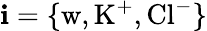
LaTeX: \mathbf{i}=\{ \mathrm{{w}},\mathrm{{K}}^{+},\mathrm{{Cl}}^{-}\}